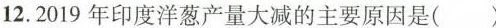
12.2019年印度洋葱产量大减的主要原因是()